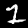
Digit: 1